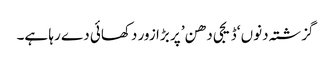
گزشتہ دنوں ‘ڈیجی دھن’ پر بڑا زور دکھائی دے رہا ہے۔